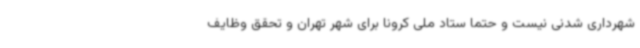
شهرداری شدنی نیست و حتما ستاد ملی کرونا برای شهر تهران و تحقق وظایف